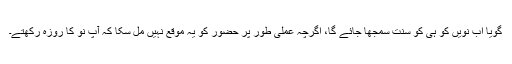
گویا اب نویں کو ہی کو سنت سمجھا جائے گا، اگرچہ عملی طور پر حضور کو یہ موقع نہیں مل سکا کہ آپ نو کا روزہ رکھتے۔